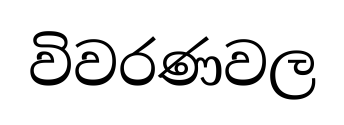
විවරණවල